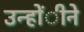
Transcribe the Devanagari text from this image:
उन्होंीने